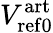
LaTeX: V_{\mathrm{ref0}}^{\mathrm{art}}